Leaving Certificate Examination (including Day School Certificate (Higher) General paper), 1934
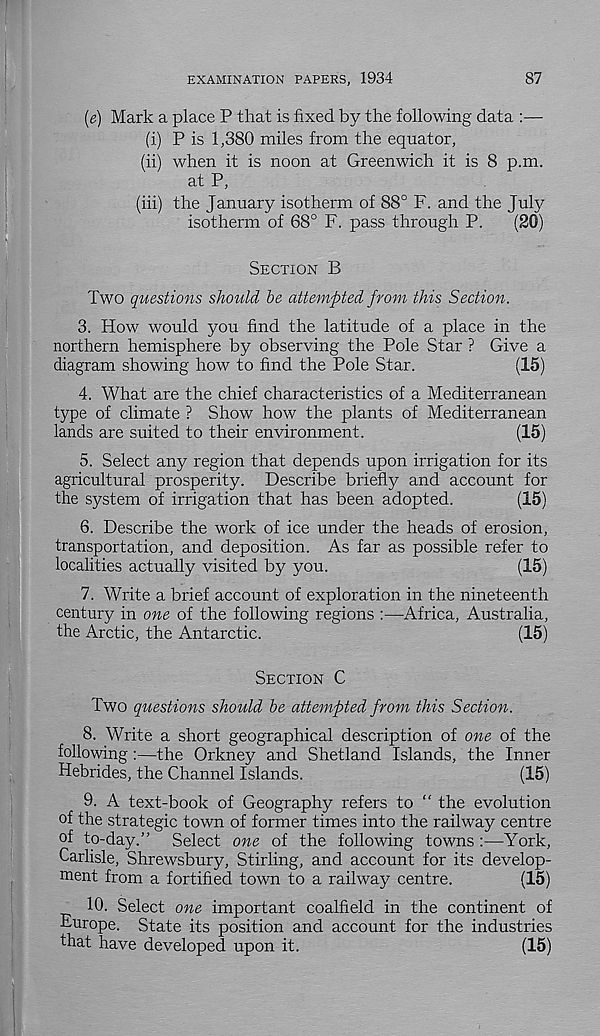
EXAMINATION PAPERS, 1934
87
(e) Mark a place P that is fixed by the following data :—
(i) P is 1,380 miles from the equator,
(ii) when it is noon at Greenwich it is 8 p.m.
at P,
(iii) the January isotherm of 88° F. and the July
isotherm of 68° F. pass through P.
(20)
Section B
Two questions should be attempted from this Section.
3. How would you find the latitude of a place in the
northern hemisphere by observing the Pole Star ? Give a
diagram showing how to find the Pole Star.
(15)
4. What are the chief characteristics of a Mediterranean
type of climate ? Show how the plants of Mediterranean
lands are suited to their environment.
(15)
5. Select any region that depends upon irrigation for its
agricultural prosperity. Describe briefly and account for
the system of irrigation that has been adopted.
(15)
6. Describe the work of ice under the heads of erosion,
transportation, and deposition. As far as possible refer to
localities actually visited by you.
(15)
7. Write a brief account of exploration in the nineteenth
century in one of the following regions :—Africa, Australia,
the Arctic, the Antarctic.
(15)
Section C
Two questions should be attempted from this Section.
8. Write a short geographical description of one of the
following:—the Orkney and Shetland Islands, the Inner
Hebrides, the Channel Islands.
(15)
9. A text-book of Geography refers to “ the evolution
of the strategic town of former times into the railway centre
of to-day.” Select one of the following towns :—York,
Carlisle, Shrewsbury, Stirling, and account for its develop-
ment from a fortified town to a railway centre.
(15)
10. Select one important coalfield in the continent of
■Europe. State its position and account for the industries
lhat have developed upon it.
(15)